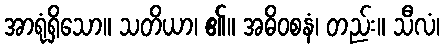
အာရုံရှိသော။ သတိယာ၊ ၏။ အဓိဝစနံ၊ တည်း။ သီလံ၊